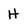
Character: H